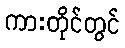
ကားတိုင်တွင်